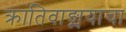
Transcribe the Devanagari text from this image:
क्रांतिवाङ्मयाचा